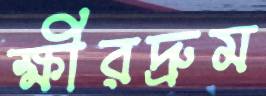
ক্ষীরদ্রুম